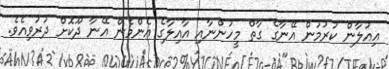
އިއުލާން ކުރުމުން އޭނާގެ ގާތް މީހުންނާއި އާއިލާގެ އެންމެން އޭނާ ދޫކޮށް ދުރުވިއެވެ.